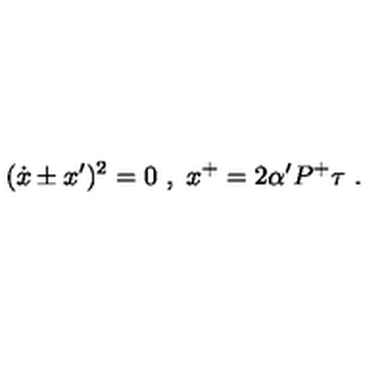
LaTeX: ( \dot { x } \pm x ^ { \prime } ) ^ { 2 } = 0 \ , \ x ^ { + } = 2 \alpha ^ { \prime } P ^ { + } \tau \ .